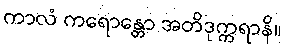
ကာလံ ကရောန္တော အတိဒုက္ကရာနိ။